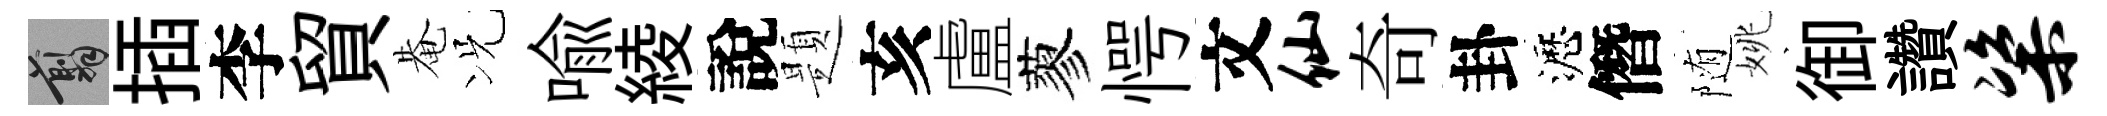
翦插李貿𤲅况喻綾說題亥盧蓼愕文仙奇卦瀝僭随姚御讚粢